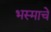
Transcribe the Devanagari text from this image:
भस्माचे